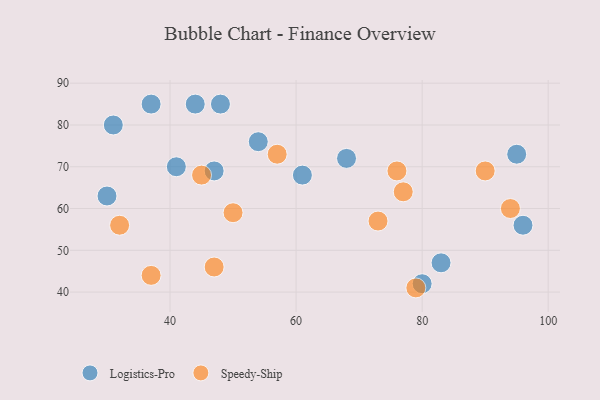
{"axis": {"x": "GDP", "y": "Life Expectancy"}, "legend": ["Logistics-Pro", "Speedy-Ship"], "data": [{"x": "83", "y": 47, "type": "Logistics-Pro"}, {"x": "31", "y": 80, "type": "Logistics-Pro"}, {"x": "37", "y": 85, "type": "Logistics-Pro"}, {"x": "41", "y": 70, "type": "Logistics-Pro"}, {"x": "47", "y": 69, "type": "Logistics-Pro"}, {"x": "95", "y": 73, "type": "Logistics-Pro"}, {"x": "54", "y": 76, "type": "Logistics-Pro"}, {"x": "80", "y": 42, "type": "Logistics-Pro"}, {"x": "61", "y": 68, "type": "Logistics-Pro"}, {"x": "44", "y": 85, "type": "Logistics-Pro"}, {"x": "68", "y": 72, "type": "Logistics-Pro"}, {"x": "30", "y": 63, "type": "Logistics-Pro"}, {"x": "48", "y": 85, "type": "Logistics-Pro"}, {"x": "96", "y": 56, "type": "Logistics-Pro"}, {"x": "90", "y": 69, "type": "Speedy-Ship"}, {"x": "73", "y": 57, "type": "Speedy-Ship"}, {"x": "57", "y": 73, "type": "Speedy-Ship"}, {"x": "50", "y": 59, "type": "Speedy-Ship"}, {"x": "37", "y": 44, "type": "Speedy-Ship"}, {"x": "79", "y": 41, "type": "Speedy-Ship"}, {"x": "76", "y": 69, "type": "Speedy-Ship"}, {"x": "94", "y": 60, "type": "Speedy-Ship"}, {"x": "77", "y": 64, "type": "Speedy-Ship"}, {"x": "45", "y": 68, "type": "Speedy-Ship"}, {"x": "32", "y": 56, "type": "Speedy-Ship"}, {"x": "47", "y": 46, "type": "Speedy-Ship"}]}